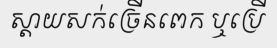
ស្តាយសក់ច្រើនពេក ឬប្រើ